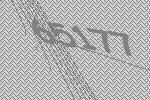
65177